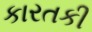
કારતકી